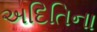
અદિતિના